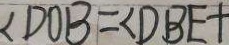
\angle D O B = \angle D B E +